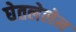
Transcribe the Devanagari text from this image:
घेतलेलेल